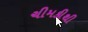
ચીમકીથી